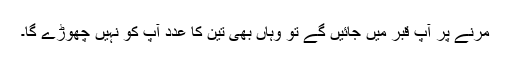
مرنے پر آپ قبر میں جائیں گے تو وہاں بھی تین کا عدد آپ کو نہیں چھوڑے گا۔